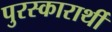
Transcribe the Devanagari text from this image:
पुरस्कारार्थी